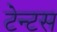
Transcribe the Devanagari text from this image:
टेन्टस